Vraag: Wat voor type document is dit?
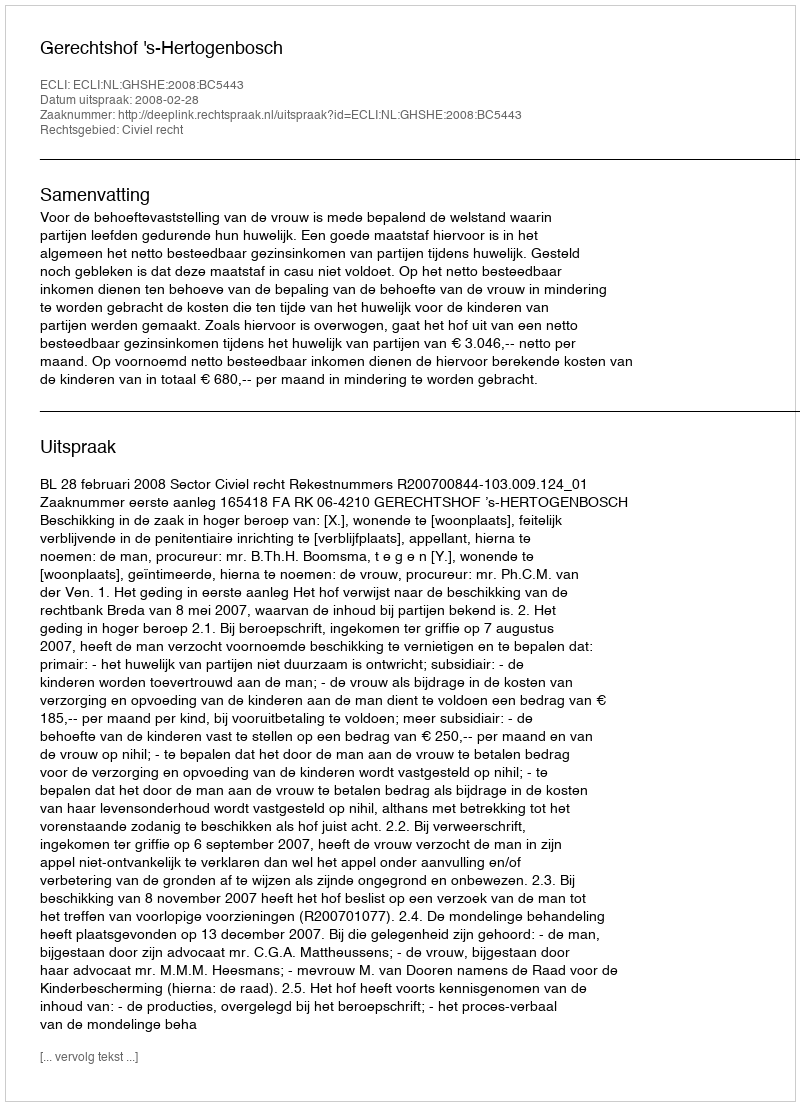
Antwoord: Uitspraak